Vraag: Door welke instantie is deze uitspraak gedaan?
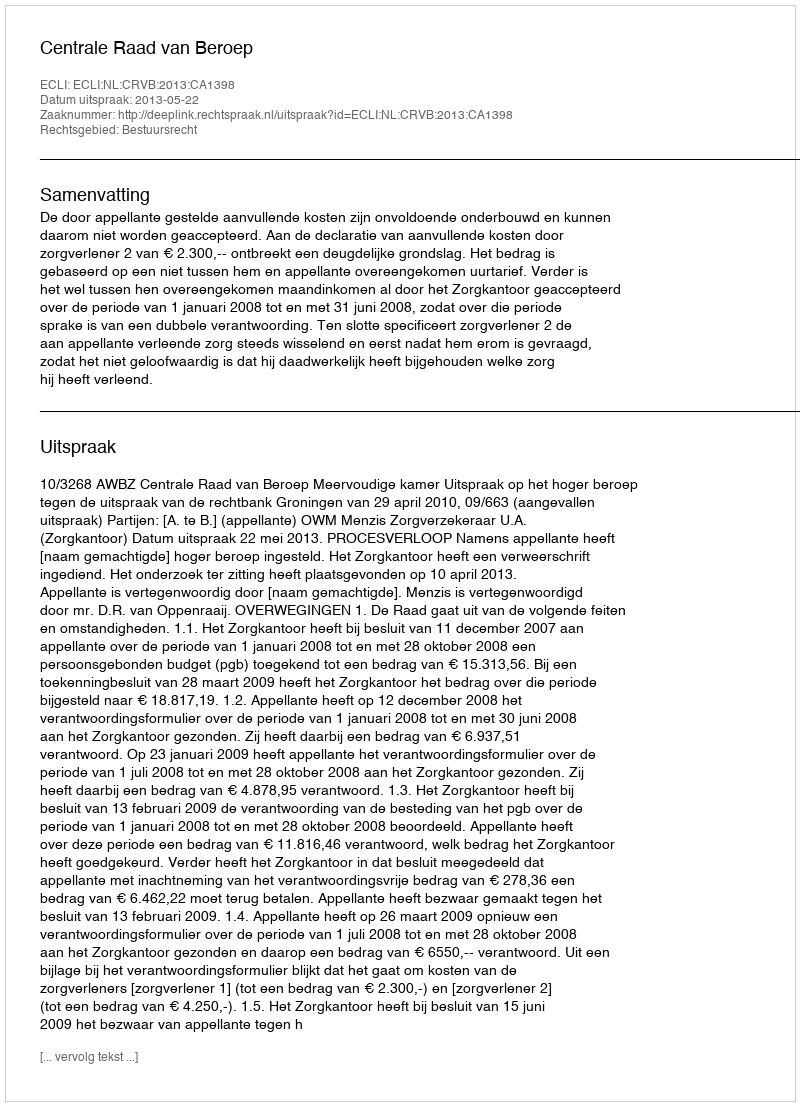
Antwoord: Centrale Raad van Beroep